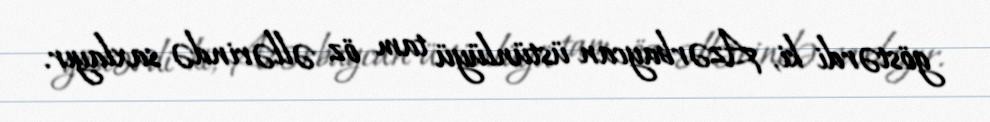
göstərdi ki, Azərbaycan üstünlüyü tam öz əllərində saxlayır.